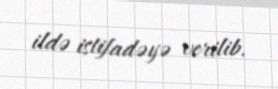
ildə istifadəyə verilib.